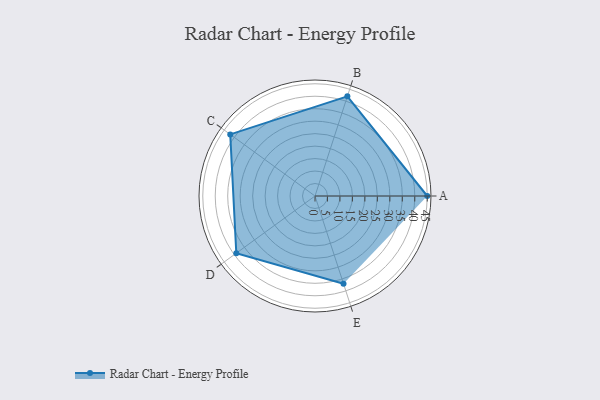
{"axis": {"x": "Skill", "y": "Score"}, "legend": ["Profile"], "data": [{"x": "A", "y": 45.0, "type": "Profile"}, {"x": "B", "y": 42.0, "type": "Profile"}, {"x": "C", "y": 42.0, "type": "Profile"}, {"x": "D", "y": 39.0, "type": "Profile"}, {"x": "E", "y": 37.0, "type": "Profile"}]}